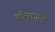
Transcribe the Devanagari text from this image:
कौमकास्ट